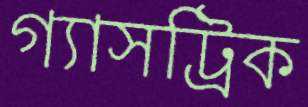
গ্যাসট্রিক